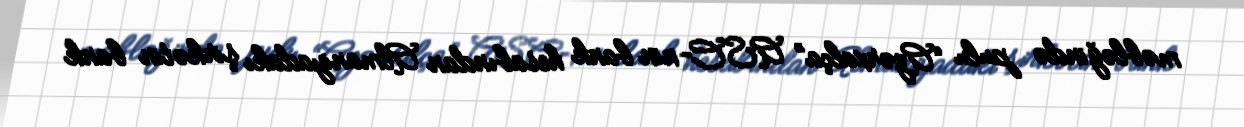
məbləğində pulu “Azərxalça” ASC-nin bank hesabından Almaniyadakı şirkətin bank